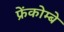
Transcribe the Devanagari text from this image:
फ्रेंकोम्बे